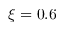
\xi = 0 . 6